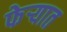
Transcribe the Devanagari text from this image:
फेऱ्यात